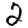
Digit: 2